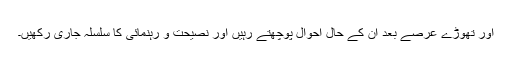
اور تھوڑے عرصے بعد ان کے حال احوال پوچھتے رہیں اور نصیحت و رہنمائی کا سلسلہ جاری رکھیں۔